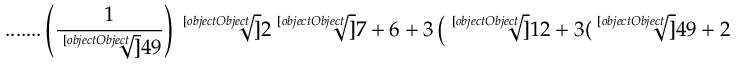
{ \mathrm { . . . . . . . } } \left( { \frac { 1 } { \sqrt [ [object Object] ] { 4 9 } } } \right) { \sqrt [ [object Object] ] { 2 { \sqrt [ [object Object] ] { 7 } } + 6 + 3 \left( { \sqrt [ [object Object] ] { 1 2 + 3 ( { \sqrt [ [object Object] ] { 4 9 } } + 2 { \sqrt [ [object Object] ] { 7 } } ) } } + { \sqrt [ [object Object] ] { 1 1 + 3 ( { \sqrt [ [object Object] ] { 4 9 } } + 2 { \sqrt [ [object Object] ] { 7 } } ) } } \right) } }